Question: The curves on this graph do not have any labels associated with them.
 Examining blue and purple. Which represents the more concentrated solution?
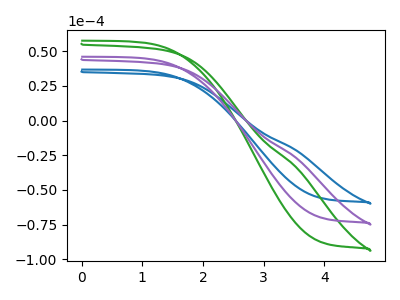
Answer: <think>The blue curve "blue" has no peaks. The green curve "green" has no peaks. The purple curve "purple" has no peaks.
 Neither "blue" or "purple" have any peaks.</think>
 <answer>I cant tell if "blue" or "purple" has higher concentration.</answer>
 <eval>mixed_concentration</eval>